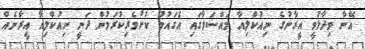
އޭނާ ވިދާޅުވީ އީރާނުގެ ނިއުކްލިއާ މައްސަލާގައި އެގައުމު ކުށްވެރިކުރަމުން ދަނީ ނިއުކްލިއާ އީރާނެއް